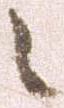
之